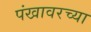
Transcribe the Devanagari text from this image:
पंखावरच्या